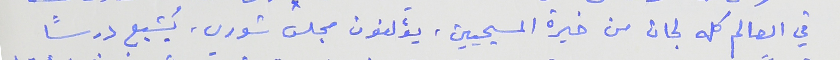
في العالم كله لجان من خيرة المسيحيين، يؤلفون مجلس شورى. يُشبع درساً